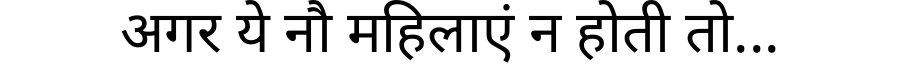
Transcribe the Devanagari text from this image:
अगर ये नौ महिलाएं न होती तो...